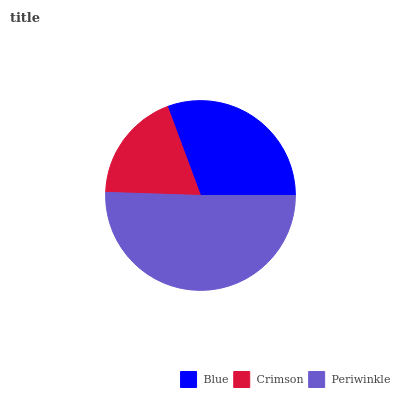
| Blue | Crimson | Periwinkle |
 | --- | --- | --- |
 | 30.7% | 18.8% | 50.5% |